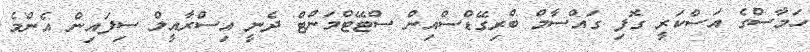
ހަމާސްގެ އަސްކަރީ ގޮފި ގައްސާމް ބްރިގޭޑްސްއިން ސްޓޭޓްމަންޓް ދެނީ އިސްރާއީލް ސިފައިން އެންމެ